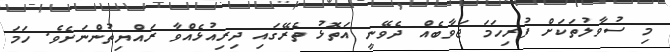
މި ސުވާލުތަކަށް ފުރިހަމަ ޖަވާބެއް ދެވޭނީ އަތޮޅު ތެރޭގައި ދިރިއުޅެއްވާ ރައްޔިތުންނަށެވެ. ހަމަ